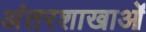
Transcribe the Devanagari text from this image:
अंतरशाखाओं